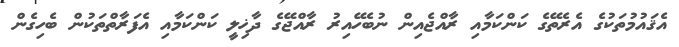
އެޤައުމުތަކުގެ އެރެތޭގެ ކަންކަމާއި ރާއްޖެއިން ނުބެހޭއިރު ރާއްޖޭގެ ދާޚިލީ ކަންކަމާއި އެފަރާތްތަކުން ބެހިގެން